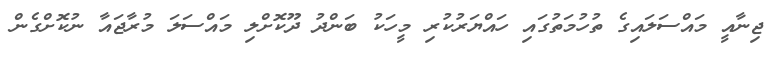
ޖިނާއީ މައްސަލައިގެ ތުހުމަތުގައި ހައްޔަރުކުރި މީހަކު ބަންދު ދޫކޮށްލި މައްސަލަ މުރާޖައާ ނުކޮށްގެން